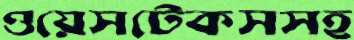
ওয়েসটেকসসহ